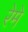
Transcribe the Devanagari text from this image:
रेमे